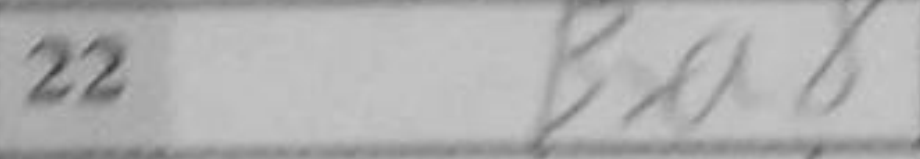
Transcription: Bxa8